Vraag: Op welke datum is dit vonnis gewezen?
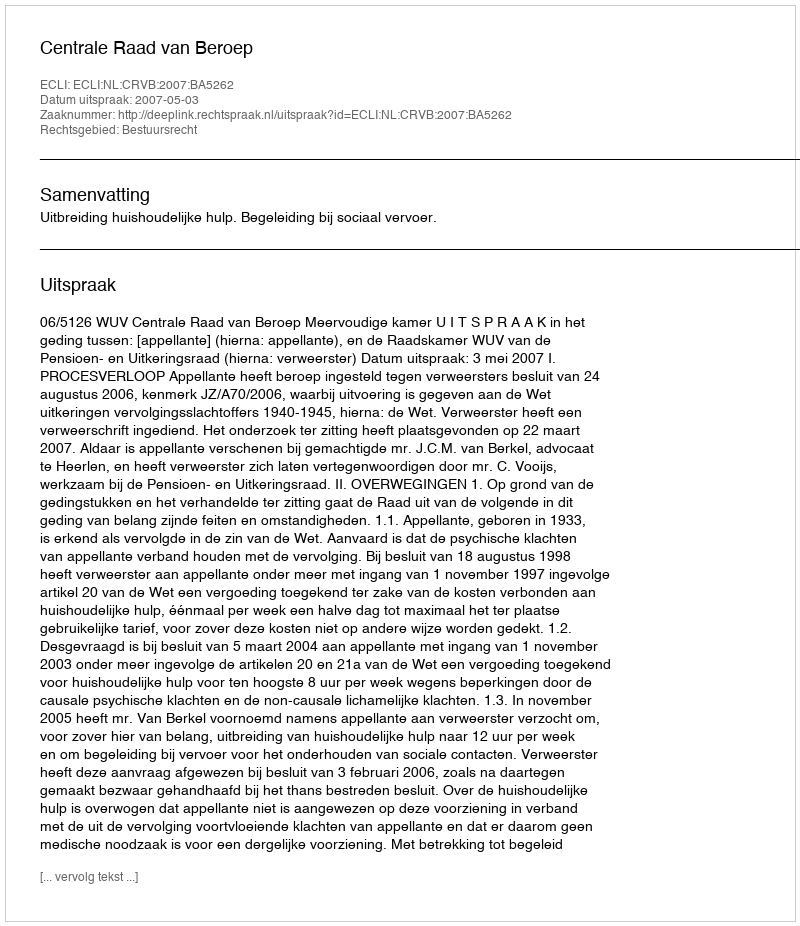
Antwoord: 2007-05-03